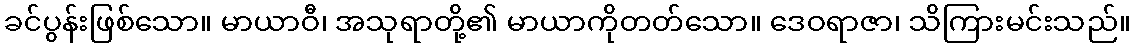
ခင်ပွန်းဖြစ်သော။ မာယာဝီ၊ အသုရာတို့၏ မာယာကိုတတ်သော။ ဒေဝရာဇာ၊ သိကြားမင်းသည်။